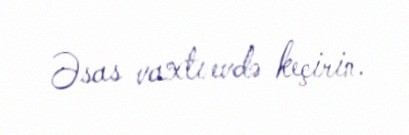
Əsas vaxtı evdə keçirin.